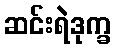
ဆင်းရဲဒုက္ခ